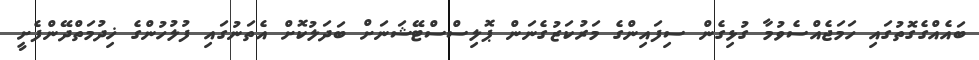
ބައެއްގެގޮތުގައި ހަމަޖެއްސެވުމާ ގުޅިގެން ސިފައިންގެ މަރުކަޒުގެނަން ޕޮލިސްސްޓޭޝަނަށް ބަދަލުކޮށް އެތަނުގައި ފުލުހުންގެ ޚިދުމަތްދޭންފެށީ